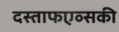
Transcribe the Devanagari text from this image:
दस्ताफएव्सकी